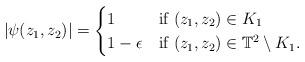
LaTeX: \begin{align*}|\psi (z_1, z_2)| =\begin{cases}1 & \mbox{if } (z_1, z_2) \in K_1\\1 - \epsilon & \mbox{if } (z_1, z_2) \in \mathbb{T}^2 \setminus K_1.\end{cases}\end{align*}